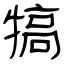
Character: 犒